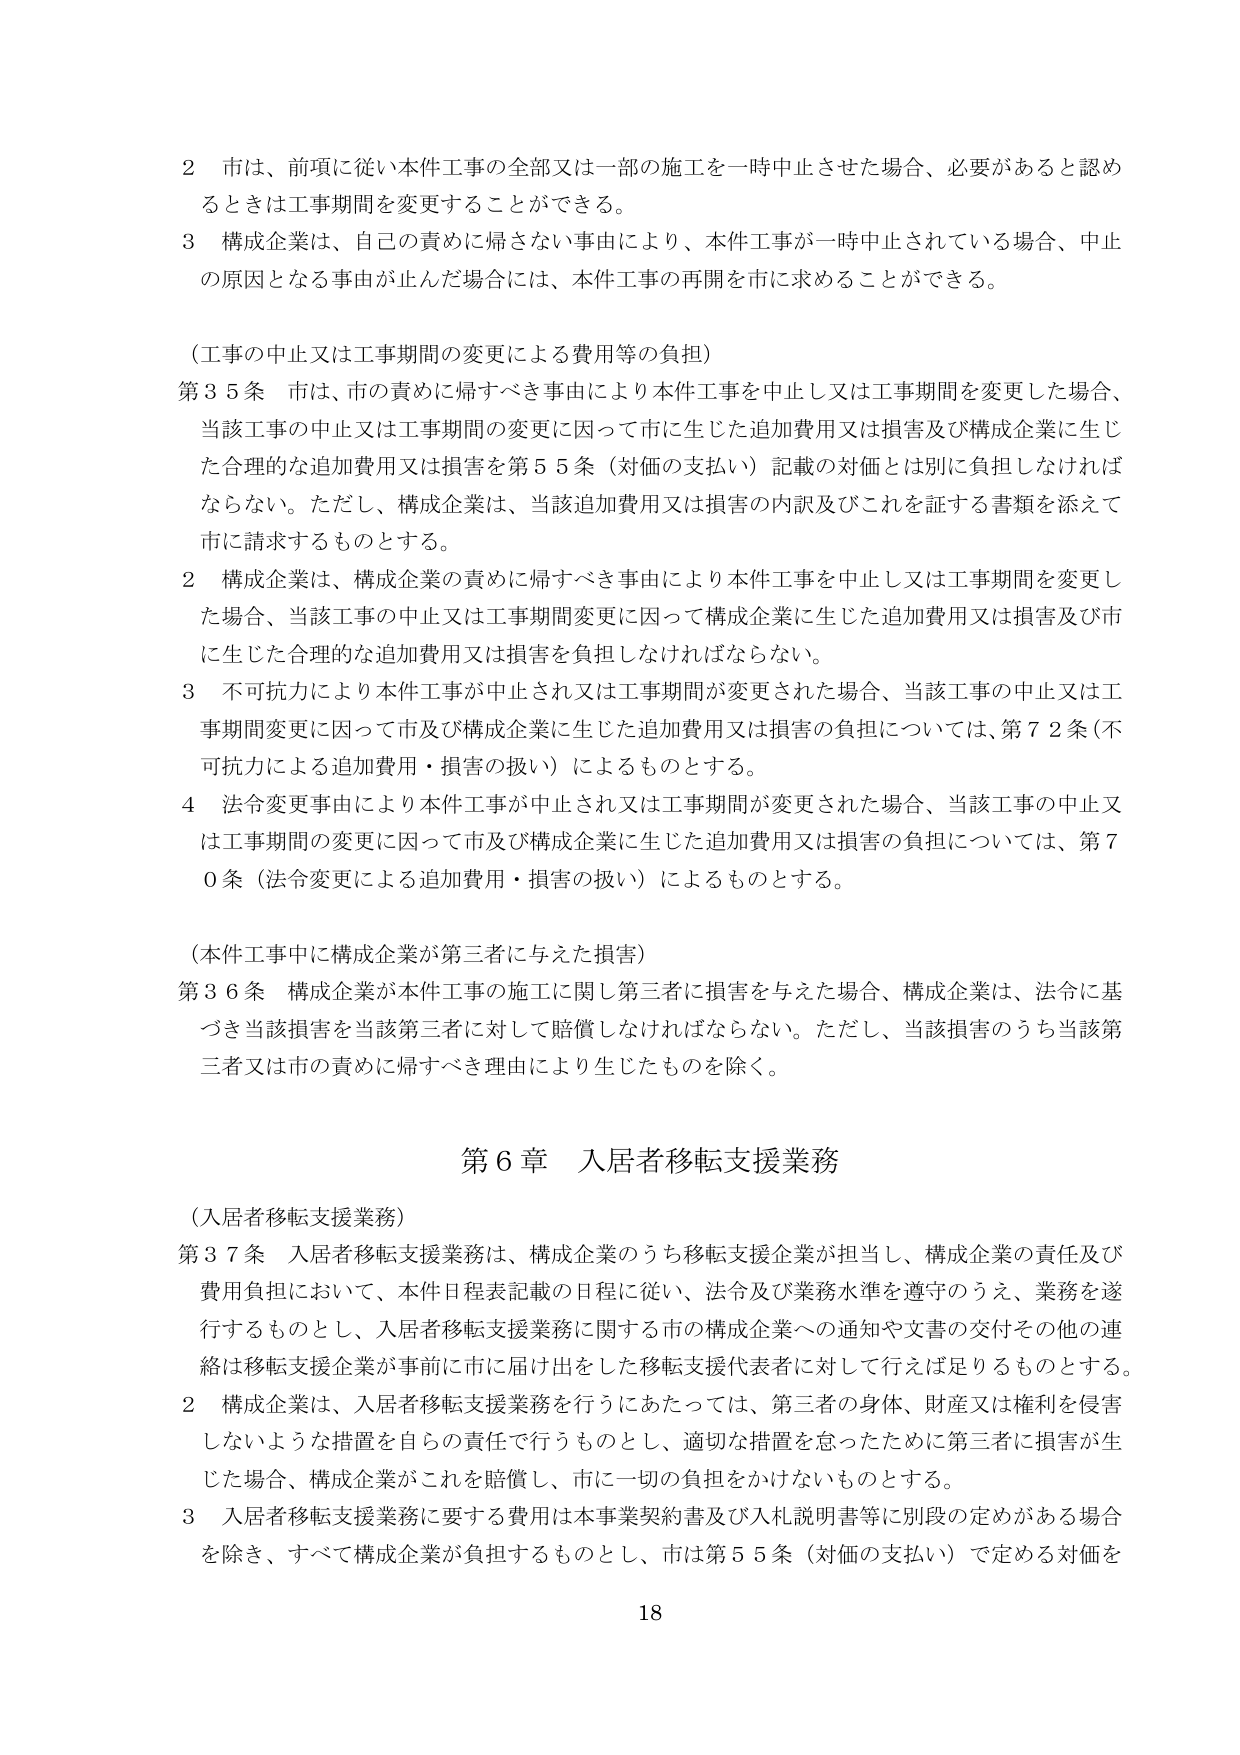
2 市は、前項に従い本件工事の全部又は一部の施工を一時中止させた場合、必要があると認め
るときは工事期間を変更することができる。
3 構成企業は、自己の責めに帰さない事由により、本件工事が一時中止されている場合、中止
の原因となる事由が止んだ場合には、本件工事の再開を市に求めることができる。

（工事の中止又は工事期間の変更による費用等の負担）
第35条 市は、市の責めに帰すべき事由により本件工事を中止し又は工事期間を変更した場合、
当該工事の中止又は工事期間の変更に因って市に生じた追加費用又は損害及び構成企業に生じ
た合理的な追加費用又は損害を第55条（対価の支払い）記載の対価とは別に負担しなければ
ならない。ただし、構成企業は、当該追加費用又は損害の内訳及びこれを証する書類を添えて
市に請求するものとする。
2 構成企業は、構成企業の責めに帰すべき事由により本件工事を中止し又は工事期間を変更し
た場合、当該工事の中止又は工事期間変更に因って構成企業に生じた追加費用又は損害及び市
に生じた合理的な追加費用又は損害を負担しなければならない。
3 不可抗力により本件工事が中止され又は工事期間が変更された場合、当該工事の中止又は工
事期間変更に因って市及び構成企業に生じた追加費用又は損害の負担については、第72条（不
可抗力による追加費用・損害の扱い）によるものとする。
4 法令変更事由により本件工事が中止され又は工事期間が変更された場合、当該工事の中止又
は工事期間の変更に因って市及び構成企業に生じた追加費用又は損害の負担については、第7
0条（法令変更による追加費用・損害の扱い）によるものとする。

（本件工事中に構成企業が第三者に与えた損害）
第36条 構成企業が本件工事の施工に関し第三者に損害を与えた場合、構成企業は、法令に基
づき当該損害を当該第三者に対して賠償しなければならない。ただし、当該損害のうち当該第
三者又は市の責めに帰すべき理由により生じたものを除く。

第6章 入居者移転支援業務

（入居者移転支援業務）
第37条 入居者移転支援業務は、構成企業のうち移転支援企業が担当し、構成企業の責任及び
費用負担において、本件日程表記載の日程に従い、法令及び業務水準を遵守のうえ、業務を遂
行するものとし、入居者移転支援業務に関する市の構成企業への通知や文書の交付その他の連
絡は移転支援企業が事前に市に届け出をした移転支援代表者に対して行えば足りるものとする。
2 構成企業は、入居者移転支援業務を行うにあたっては、第三者の身体、財産又は権利を侵害
しないような措置を自らの責任で行うものとし、適切な措置を怠ったために第三者に損害が生
じた場合、構成企業がこれを賠償し、市に一切の負担をかけないものとする。
3 入居者移転支援業務に要する費用は本事業契約書及び入札説明書等に別段の定めがある場合
を除き、すべて構成企業が負担するものとし、市は第55条（対価の支払い）で定める対価を

18